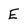
Character: E